Civil Veterinary Dept. Bombay admin report 1914-1922 - 1914-1922
Year: 1914
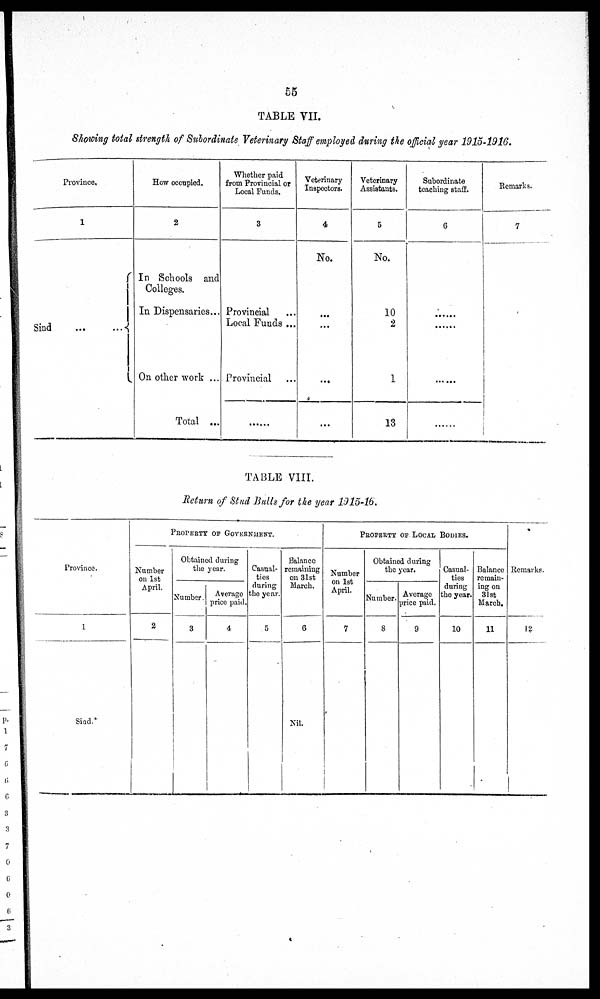
55
TABLE VII.
Showing total strength of Subordinate Veterinary Staff employed during the official year 1915-1916.
Province.
1
Sind ... ...
How occupied.
2
In Schools and
Colleges.
In Dispensaries ...
On other work ...
Total ...
Whether paid
from Provincial or
Local Funds.
3
Provincial ...
Local Funds ...
Provincial ...
......
Veterinary
Inspectors.
4
No.
...
...
...
...
Veterinary
Assistants.
5
No.
10
2
1
13
Subordinate
teaching staff.
6
......
......
......
Remarks.
7
TABLE VIII.
Return of Stud Bulls for the year 1915-16.
Province.
1
Sind.
PROPERTY OF GOVERNMENT.
Number
on 1st
April.
2
Obtained during
the year.
Number.
3
Average
price paid.
4
Casual-
ties
during
the year.
5
Balance
remaining
on 31st
March.
6
Nil.
PROPERTY OF LOCAL BODIES.
Number
on 1st
April.
7
Obtained during
the year.
Number.
8
Average
price paid.
9
Casual-
ties
during
the year.
10
Balance
remain-
ing on
31st
March.
11
Remarks.
12